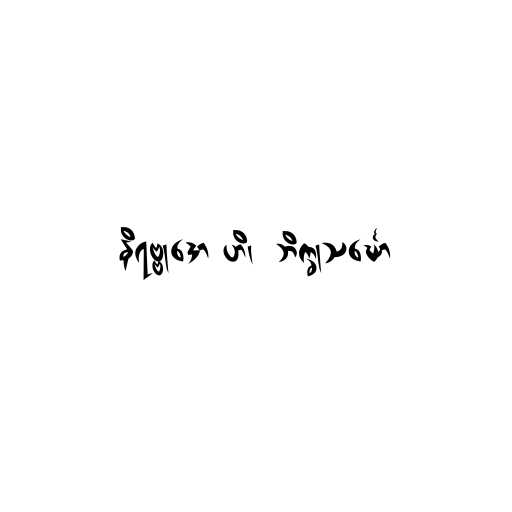
နိရဗ္ဗုဒော ဟိ၊  ဘိက္ခုသင်္ဃော